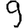
Digit: 9